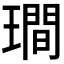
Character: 𤩎